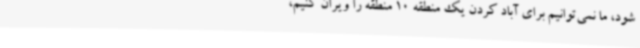
شود، ما نمی‌توانیم برای آباد کردن یک منطقه 10 منطقه را ویران کنیم،